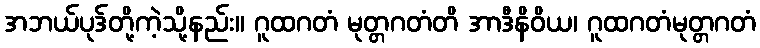
အဘယ်ပုဒ်တို့ကဲ့သို့နည်း။ ဂူထဂတံ မုတ္တဂတံတိ အာဒီနိဝိယ၊ ဂူထဂတံမုတ္တဂတံ